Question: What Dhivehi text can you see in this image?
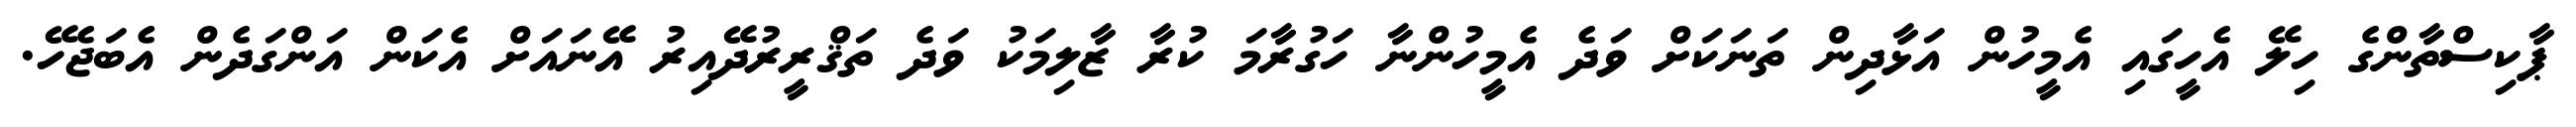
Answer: ޕާކިސްތާންގެ ހިލޭ އެހީގައި އެމީހުން އަޅާދިން ތަނަކަށް ވަދެ އެމީހުންނާ ހަގުރާމަ ކުރާ ޒާލިމަކު ވަދެ ތަޤްރީރުދޭއިރު އޭނައަށް އެކަން އަންގަދެން އެބަޖެހޭ.